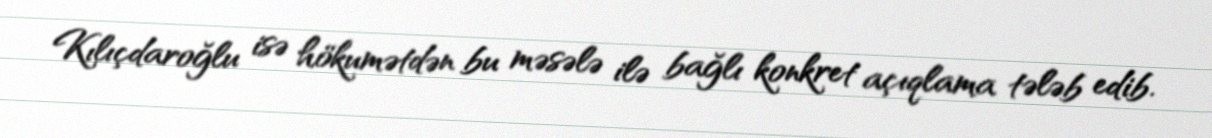
Kılıçdaroğlu isə hökumətdən bu məsələ ilə bağlı konkret açıqlama tələb edib.